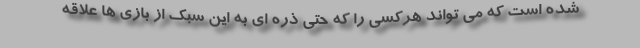
شده است که می تواند هرکسی را که حتی ذره ای به این سبک از بازی ها علاقه